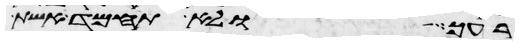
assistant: רעך ולא תחמד אשת